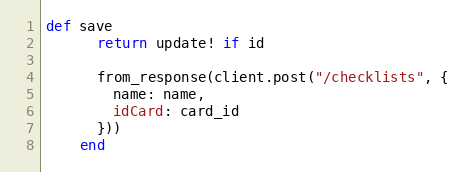
Language: Ruby
def save
      return update! if id

      from_response(client.post("/checklists", {
        name: name,
        idCard: card_id
      }))
    end